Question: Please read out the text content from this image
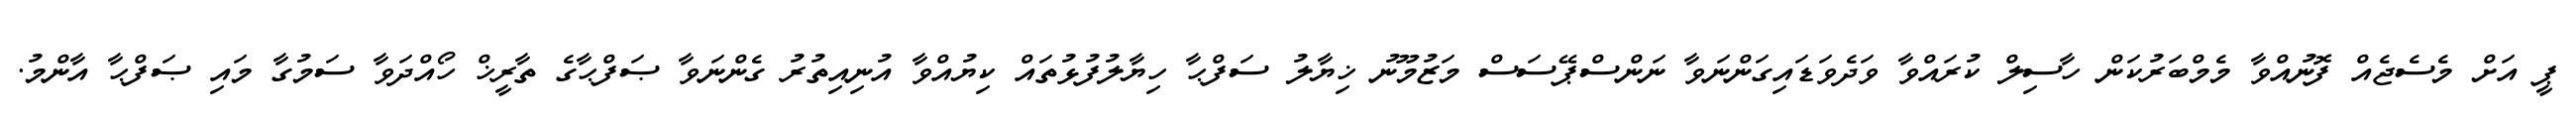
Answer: ޕީ އަށް މެސެޖެއް ފޮނުއްވާ މެމްބަރުކަން ހާސިލް ކުރައްވާ ވަދެވަޑައިގަންނަވާ ނަންސްޕޭސަސް މަޒުމޫނު ޚިޔާލު ސަފްޙާ ހިޔާލުފުޅުތައް ކިޔުއްވާ އުނިއިތުރު ގެންނަވާ ޞަފްޙާގެ ތާރީޚް ހޯއްދަވާ ސަމުގާ މައި ޞަފްޙާ އާންމު.